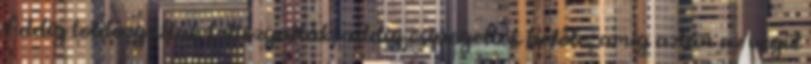
Addig toldozgatták-foltozgatták, addig csipegettek belőle, amíg aztán az végül